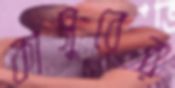
কাসুরের